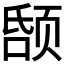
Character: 𬱤